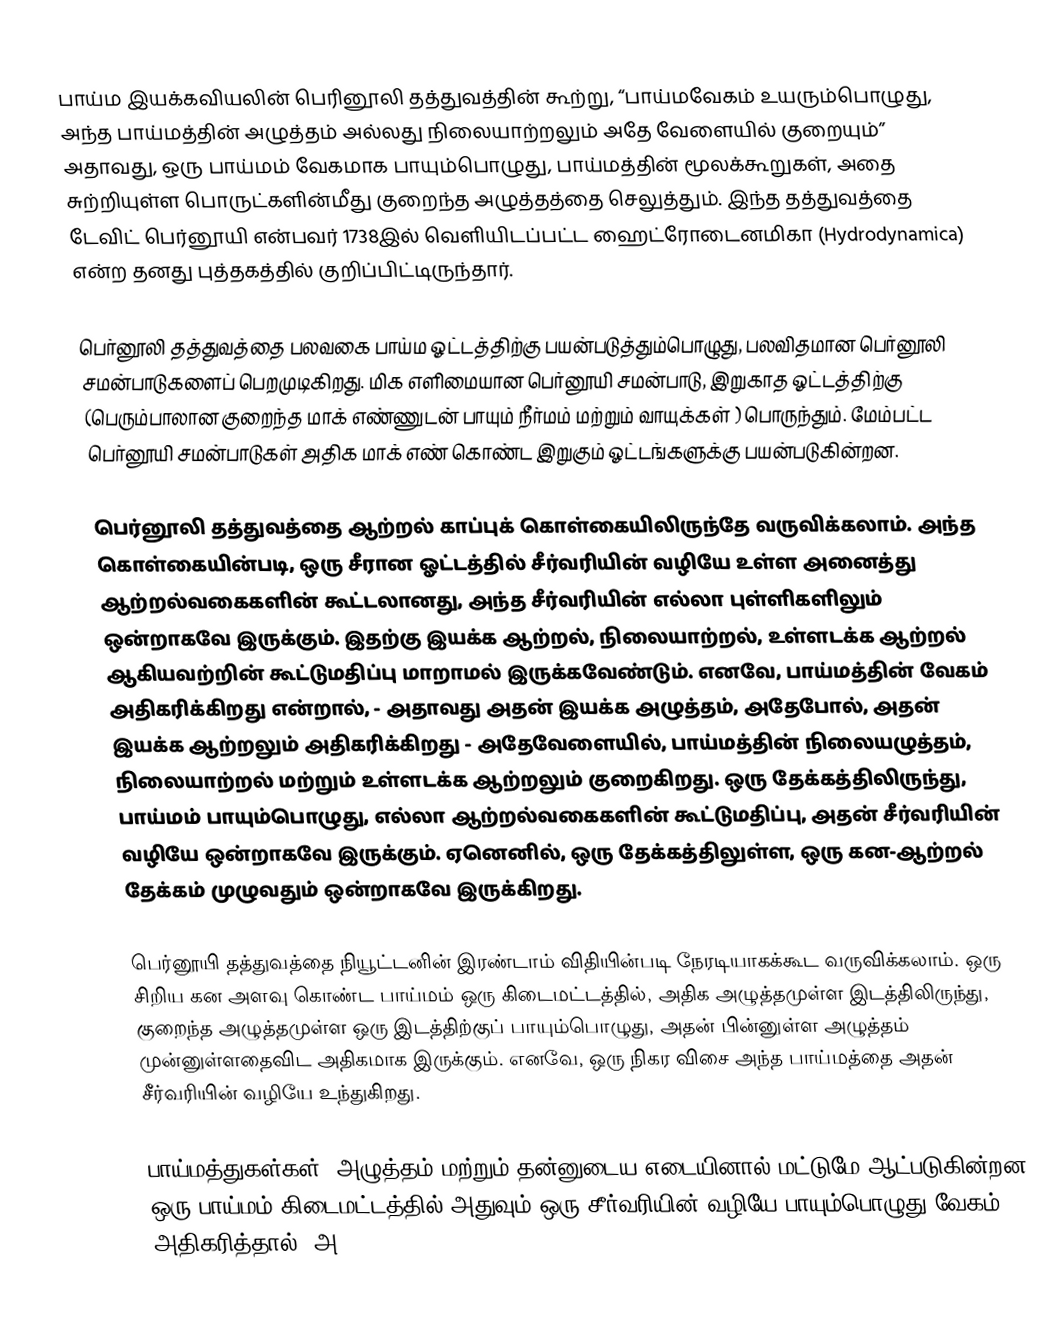
பாய்ம இயக்கவியலின் பெரினூலி தத்துவத்தின் கூற்று, “பாய்மவேகம் உயரும்பொழுது, அந்த பாய்மத்தின் அழுத்தம்  அல்லது நிலையாற்றலும் அதே வேளையில் குறையும்” அதாவது, ஒரு பாய்மம் வேகமாக பாயும்பொழுது, பாய்மத்தின் மூலக்கூறுகள், அதை சுற்றியுள்ள பொருட்களின்மீது குறைந்த அழுத்தத்தை செலுத்தும். இந்த தத்துவத்தை டேவிட் பெர்னூயி என்பவர் 1738இல் வெளியிடப்பட்ட ஹைட்ரோடைனமிகா (Hydrodynamica) என்ற தனது புத்தகத்தில் குறிப்பிட்டிருந்தார்.

பெர்னூலி தத்துவத்தை பலவகை பாய்ம ஓட்டத்திற்கு பயன்படுத்தும்பொழுது, பலவிதமான பெர்னூலி சமன்பாடுகளைப் பெறமுடிகிறது. மிக எளிமையான பெர்னூயி சமன்பாடு, இறுகாத ஓட்டத்திற்கு (பெரும்பாலான குறைந்த மாக் எண்ணுடன் பாயும் நீர்மம் மற்றும் வாயுக்கள் ) பொருந்தும். மேம்பட்ட பெர்னூயி சமன்பாடுகள் அதிக மாக் எண் கொண்ட இறுகும் ஓட்டங்களுக்கு பயன்படுகின்றன.

பெர்னூலி தத்துவத்தை ஆற்றல் காப்புக் கொள்கையிலிருந்தே வருவிக்கலாம். அந்த கொள்கையின்படி, ஒரு சீரான ஓட்டத்தில் சீர்வரியின் வழியே உள்ள அனைத்து ஆற்றல்வகைகளின் கூட்டலானது, அந்த சீர்வரியின் எல்லா புள்ளிகளிலும் ஒன்றாகவே இருக்கும். இதற்கு இயக்க ஆற்றல், நிலையாற்றல், உள்ளடக்க ஆற்றல் ஆகியவற்றின் கூட்டுமதிப்பு மாறாமல் இருக்கவேண்டும். எனவே, பாய்மத்தின் வேகம் அதிகரிக்கிறது என்றால், - அதாவது அதன் இயக்க அழுத்தம், அதேபோல், அதன் இயக்க ஆற்றலும் அதிகரிக்கிறது - அதேவேளையில், பாய்மத்தின் நிலையழுத்தம், நிலையாற்றல் மற்றும் உள்ளடக்க ஆற்றலும் குறைகிறது. ஒரு தேக்கத்திலிருந்து, பாய்மம் பாயும்பொழுது, எல்லா ஆற்றல்வகைகளின் கூட்டுமதிப்பு, அதன் சீர்வரியின் வழியே ஒன்றாகவே இருக்கும். ஏனெனில், ஒரு தேக்கத்திலுள்ள, ஒரு கன-ஆற்றல் தேக்கம் முழுவதும் ஒன்றாகவே இருக்கிறது.

பெர்னூயி தத்துவத்தை நியூட்டனின் இரண்டாம் விதியின்படி நேரடியாகக்கூட வருவிக்கலாம். ஒரு சிறிய கன அளவு கொண்ட பாய்மம் ஒரு கிடைமட்டத்தில், அதிக அழுத்தமுள்ள இடத்திலிருந்து, குறைந்த அழுத்தமுள்ள ஒரு இடத்திற்குப் பாயும்பொழுது, அதன் பின்னுள்ள அழுத்தம் முன்னுள்ளதைவிட அதிகமாக இருக்கும். எனவே, ஒரு நிகர விசை அந்த பாய்மத்தை அதன் சீர்வரியின் வழியே உந்துகிறது.

பாய்மத்துகள்கள், அழுத்தம் மற்றும் தன்னுடைய எடையினால் மட்டுமே ஆட்படுகின்றன. ஒரு பாய்மம் கிடைமட்டத்தில் அதுவும் ஒரு சீர்வரியின் வழியே பாயும்பொழுது வேகம் அதிகரித்தால், அ